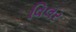
વિલર